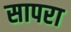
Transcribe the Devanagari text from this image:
सापरा